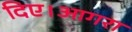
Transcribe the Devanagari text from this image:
दिए।आगरा